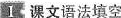
I 课文语法填空